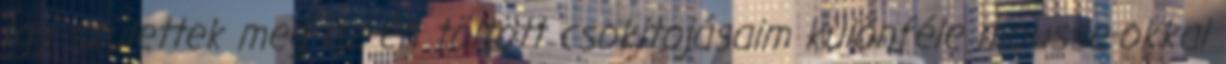
Így születtek meg az én töltött csokitojásaim különféle mousse-okkal